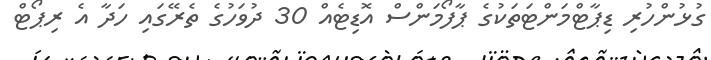
ގުޅުންހުރި ޑިޕާޓްމަންޓަތަކުގެ ޕާފޯމަންސް އޮޑިޓެއް 30 ދުވަހުގެ ތެރޭގައި ހަދާ އެ ރިޕޯޓް